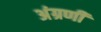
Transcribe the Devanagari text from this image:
अंग्रणी